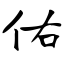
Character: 佑